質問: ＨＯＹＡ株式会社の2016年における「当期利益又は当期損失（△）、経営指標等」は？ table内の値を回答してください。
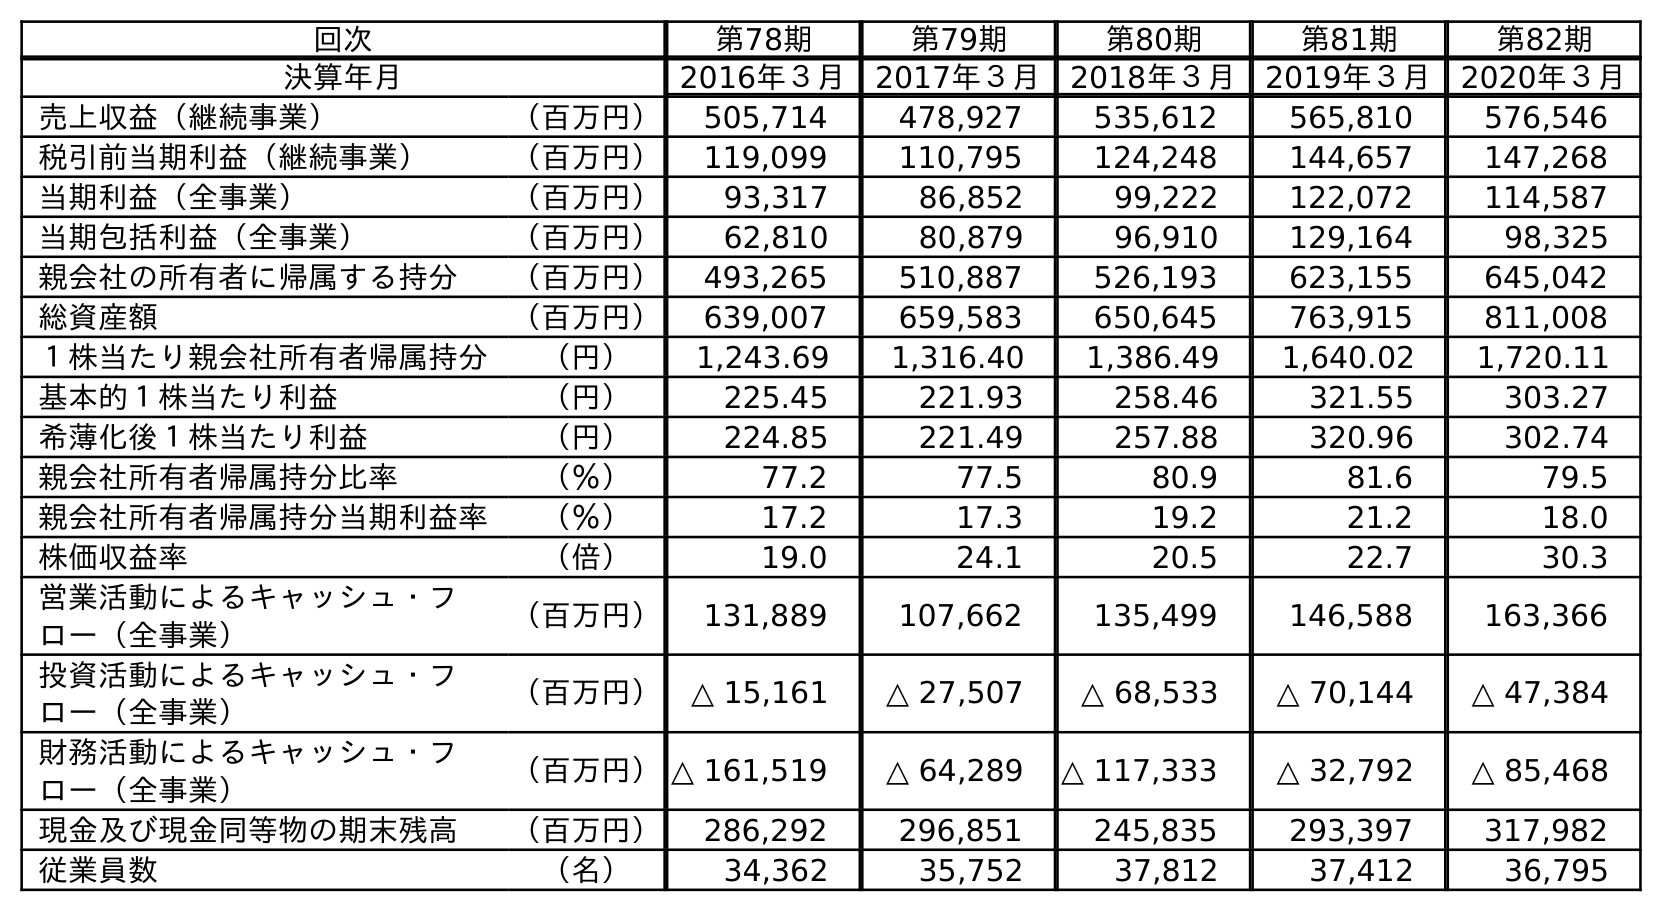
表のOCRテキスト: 回次 第78期 第79期 第80期 第81期 第82期 決算年月 2016年３月 2017年３月 2018年３月 2019年３月 2020年３月 売上収益（継続事業） （百万円） 505,714 478,927 535,612 565,810 576,546 税引前当期利益（継続事業） （百万円） 119,099 110,795 124,248 144,657 147,268 当期利益（全事業） （百万円） 93,317 86,852 99,222 122,072 114,587 当期包括利益（全事業） （百万円） 62,810 80,879 96,910 129,164 98,325 親会社の所有者に帰属する持分 （百万円） 493,265 510,887 526,193 623,155 645,042 総資産額 （百万円） 639,007 659,583 650,645 763,915 811,008 １株当たり親会社所有者帰属持分 （円） 1,243.69 1,316.40 1,386.49 1,640.02 1,720.11 基本的１株当たり利益 （円） 225.45 221.93 258.46 321.55 303.27 希薄化後１株当たり利益 （円） 224.85 221.49 257.88 320.96 302.74 親会社所有者帰属持分比率 （％） 77.2 77.5 80.9 81.6 79.5 親会社所有者帰属持分当期利益率 （％） 17.2 17.3 19.2 21.2 18.0 株価収益率 （倍） 19.0 24.1 20.5 22.7 30.3 営業活動によるキャッシュ・フ ロー（全事業） （百万円） 131,889 107,662 135,499 146,588 163,366 投資活動によるキャッシュ・フ ロー（全事業） （百万円） △ 15,161 △ 27,507 △ 68,533 △ 70,144 △ 47,384 財務活動によるキャッシュ・フ ロー（全事業） （百万円）△ 161,519 △ 64,289 △ 117,333 △ 32,792 △ 85,468 現金及び現金同等物の期末残高 （百万円） 286,292 296,851 245,835 293,397 317,982 従業員数 （名） 34,362 35,752 37,812 37,412 36,795
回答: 93,317